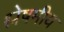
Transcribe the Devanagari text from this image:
श्लेषमीय